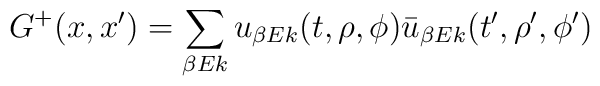
G^+(x,x')= \sum_{\beta E k} u_{\beta E k}(t,\rho,\phi) \bar{u}_{\beta Ek}(t',\rho',\phi')